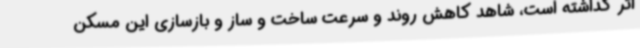
اثر گذاشته است، شاهد کاهش روند و سرعت ساخت و ساز و بازسازی این مسکن